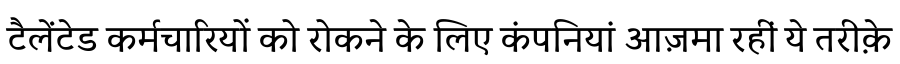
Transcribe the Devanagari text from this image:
टैलेंटेड कर्मचारियों को रोकने के लिए कंपनियां आज़मा रहीं ये तरीक़े